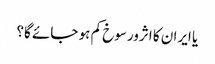
یا ایران کا اثرورسوخ کم ہو جائے گا؟